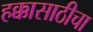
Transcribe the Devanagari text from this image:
हक्कासाठीचा